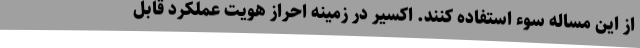
از این مساله سوء استفاده کنند. اکسیر در زمینه احراز هویت عملکرد قابل